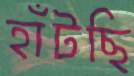
হাঁটছি